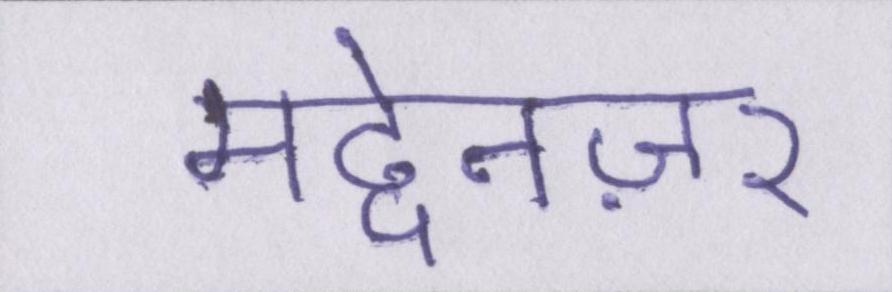
मद्देनज़र